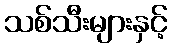
သစ်သီးများနှင့်